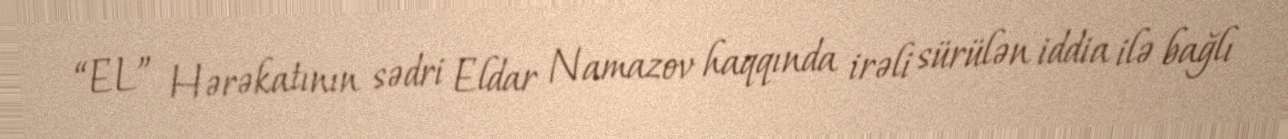
“EL” Hərəkatının sədri Eldar Namazov haqqında irəli sürülən iddia ilə bağlı